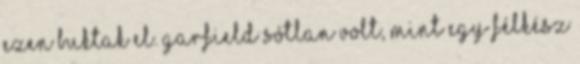
ezen buktak el. Garfield sótlan volt, mint egy félkész